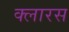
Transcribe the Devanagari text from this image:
क्लारस